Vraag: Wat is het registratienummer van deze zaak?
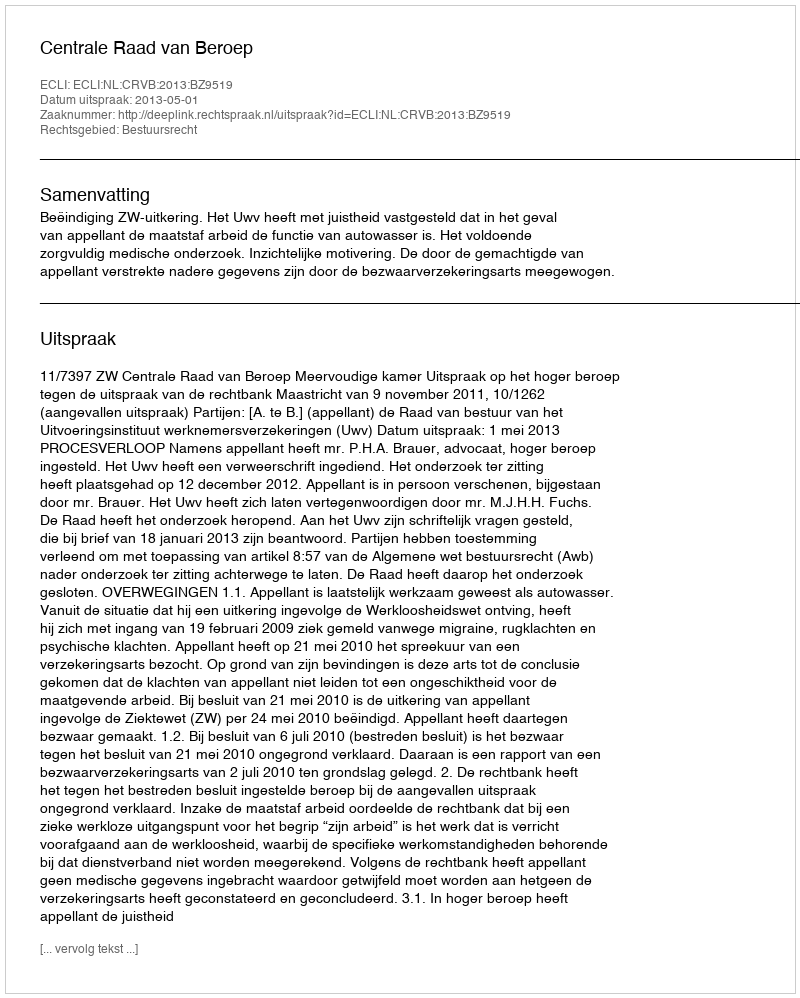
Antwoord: http://deeplink.rechtspraak.nl/uitspraak?id=ECLI:NL:CRVB:2013:BZ9519